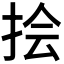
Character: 𪭯